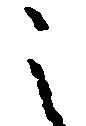
之